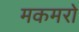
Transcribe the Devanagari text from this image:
मकमरो